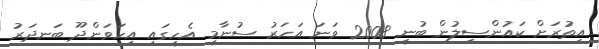
އިތުރަށް ކައުންސިލުން ބުނީ 2008 ވަނަ އަހަރު ސުނާމީ އެހީގައި އިހަވަންދޫ ބަނދަރު